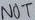
Text: NOT